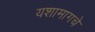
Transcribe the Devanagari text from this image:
यशामागचे